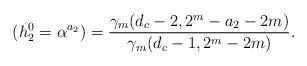
LaTeX: \begin{align*}( h^0_2 = \alpha^{a_2}) = \frac{\gamma_m(d_c-2, 2^m - a_2 - 2m)}{\gamma_m(d_c-1, 2^m - 2m)}.\end{align*}